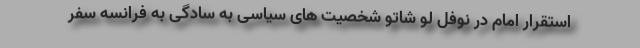
استقرار امام در نوفل لو شاتو شخصیت های سیاسی به سادگی به فرانسه سفر